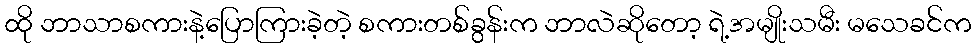
ထို ဘာသာစကားနဲ့ပြောကြားခဲ့တဲ့ စကားတစ်ခွန်းက ဘာလဲဆိုတော့ ရဲ့အမျိုးသမီး မသေခင်က